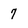
Character: 7